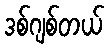
ဒစ်ဂျစ်တယ်